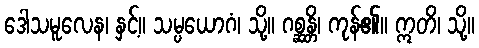
ဒေါသမူလေန၊ နှင့်။ သမ္ပယောဂံ၊ သို့။ ဂစ္ဆန္တိ၊ ကုန်၏။ ဣတိ၊ သို့။